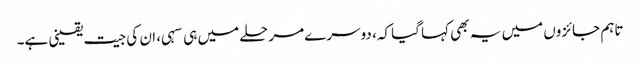
تاہم جائزوں میں یہ بھی کہا گیا کہ، دوسرے مرحلے میں ہی سہی، ان کی جیت یقینی ہے۔